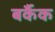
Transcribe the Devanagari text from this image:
बर्कैक